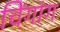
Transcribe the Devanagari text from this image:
चिंगांग